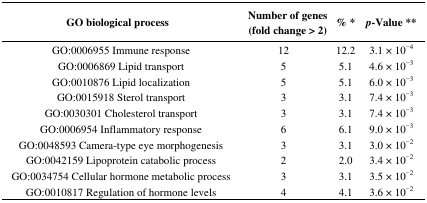
<table><thead><tr><td><b>GO biological process</b></td><td><b>Number of genes (fold change &gt; 2)</b></td><td><b>% *</b></td><td><b><i>p</i>-Value **</b></td></tr></thead><tbody><tr><td>GO:0006955 Immune response</td><td>12</td><td>12.2</td><td>3.1 × 10<sup>−4</sup></td></tr><tr><td>GO:0006869 Lipid transport</td><td>5</td><td>5.1</td><td>4.6 × 10<sup>−3</sup></td></tr><tr><td>GO:0010876 Lipid localization</td><td>5</td><td>5.1</td><td>6.0 × 10<sup>−3</sup></td></tr><tr><td>GO:0015918 Sterol transport</td><td>3</td><td>3.1</td><td>7.4 × 10<sup>−3</sup></td></tr><tr><td>GO:0030301 Cholesterol transport</td><td>3</td><td>3.1</td><td>7.4 × 10<sup>−3</sup></td></tr><tr><td>GO:0006954 Inflammatory response</td><td>6</td><td>6.1</td><td>9.0 × 10<sup>−3</sup></td></tr><tr><td>GO:0048593 Camera-type eye morphogenesis</td><td>3</td><td>3.1</td><td>3.0 × 10<sup>−2</sup></td></tr><tr><td>GO:0042159 Lipoprotein catabolic process</td><td>2</td><td>2.0</td><td>3.4 × 10<sup>−2</sup></td></tr><tr><td>GO:0034754 Cellular hormone metabolic process</td><td>3</td><td>3.1</td><td>3.5 × 10<sup>−2</sup></td></tr><tr><td>GO:0010817 Regulation of hormone levels</td><td>4</td><td>4.1</td><td>3.6 × 10<sup>−2</sup></td></tr></tbody></table>